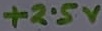
Text: +2.5V